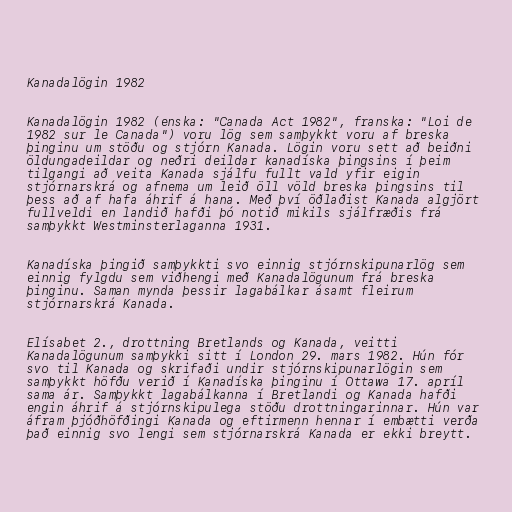
Kanadalögin 1982

Kanadalögin 1982 (enska: "Canada Act 1982", franska: "Loi de
1982 sur le Canada") voru lög sem samþykkt voru af breska
þinginu um stöðu og stjórn Kanada. Lögin voru sett að beiðni
öldungadeildar og neðri deildar kanadíska þingsins í þeim
tilgangi að veita Kanada sjálfu fullt vald yfir eigin
stjórnarskrá og afnema um leið öll völd breska þingsins til
þess að af hafa áhrif á hana. Með því öðlaðist Kanada algjört
fullveldi en landið hafði þó notið mikils sjálfræðis frá
samþykkt Westminsterlaganna 1931.

Kanadíska þingið samþykkti svo einnig stjórnskipunarlög sem
einnig fylgdu sem viðhengi með Kanadalögunum frá breska
þinginu. Saman mynda þessir lagabálkar ásamt fleirum
stjórnarskrá Kanada.

Elísabet 2., drottning Bretlands og Kanada, veitti
Kanadalögunum samþykki sitt í London 29. mars 1982. Hún fór
svo til Kanada og skrifaði undir stjórnskipunarlögin sem
samþykkt höfðu verið í Kanadíska þinginu í Ottawa 17. apríl
sama ár. Samþykkt lagabálkanna í Bretlandi og Kanada hafði
engin áhrif á stjórnskipulega stöðu drottningarinnar. Hún var
áfram þjóðhöfðingi Kanada og eftirmenn hennar í embætti verða
það einnig svo lengi sem stjórnarskrá Kanada er ekki breytt.